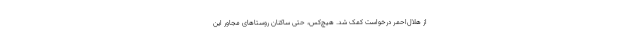
از هلال‌احمر درخواست کمک شد. هیچ‌کس، حتی ساکنان روستاهای مجاور این